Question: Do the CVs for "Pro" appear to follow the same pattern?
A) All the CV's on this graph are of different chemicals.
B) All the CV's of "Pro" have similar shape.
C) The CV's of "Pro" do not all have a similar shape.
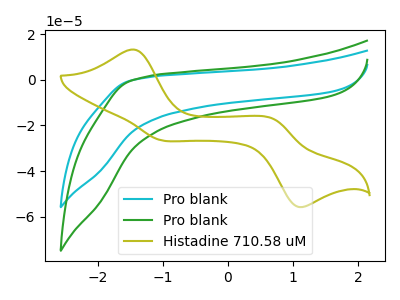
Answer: <think>The cyan curve "Pro blank" has no peaks. The green curve "Pro blank" has no peaks. The olive curve "Histadine 710.58 uM" has anodic peaks at (-1.45V, 13.30uA) (0.70V, -16.95uA) and cathodic peaks at (-1.05V, -26.35uA) (1.05V, -55.50uA).
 Neither "Pro blank" or "Pro blank" have any peaks. "Pro blank" and "Histadine 710.58 uM" have a different number of peaks. "Pro blank" and "Histadine 710.58 uM" have a different number of peaks.</think>
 <answer>B) All the CV's of "Pro" have similar shape.</answer>
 <eval>B</eval>